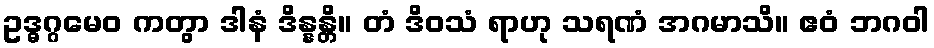
ဥဒ္ဓဂ္ဂမေဝ ကတွာ ဒါနံ ဒိန္နန္တိ။ တံ ဒိဝသံ ရာဟု သရဏံ အဂမာသိ။ ဧဝံ ဘဂဝါ